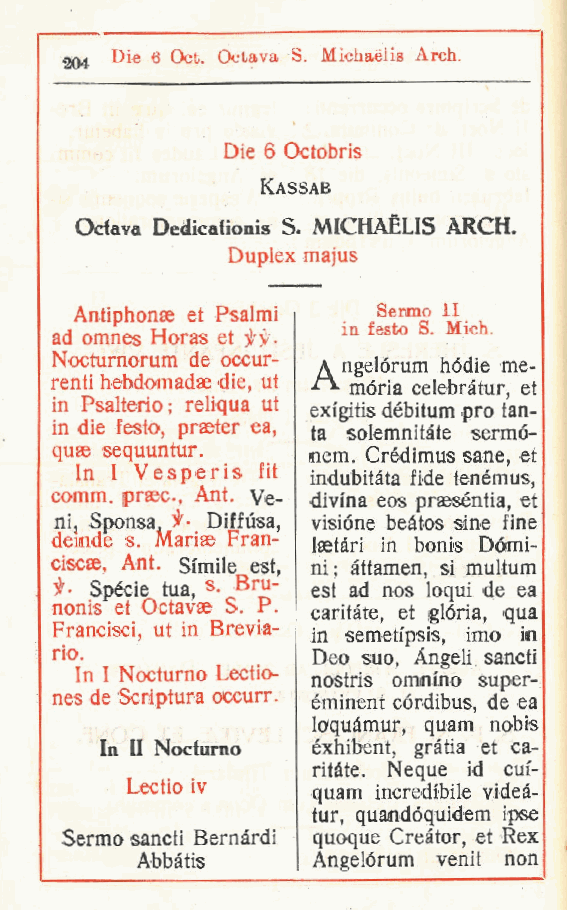
Die 6 Oct. Octava S. Mìchaélis Arch.
 204
 Die 6 Octobris
 Kassab
 Odava Dedicaiionis S. MICHAELIS ARCH.
 Duplex majus
 Antiphonse et Psalmi Senno li
 in festo S. Mich.
 ad omnes Horas et )H'.
 Nocturnorum de occur- A ngelórum hódie me-
 renti hebdomadae die, ut ** mória celebràtur, et
 in Psalterio; reiiqua ut exigitis débitum prò tan-
 in die festo, praeter ea, ta solemnitàte sermó-
 quae sequuntur.  nem. Crédimus sane, et
 In I Vesperis fit
 indubitata fide tenémus,
 comm. praec, Ant. Ve- divina eos praeséntia, et
 ni, Sponsa }.> Diffusa, visióne beàtos sine fine
 demde s. M, ariae Fran-
 laetàri in bonis Dòmi-
 ciscae, Ant. simile est ni; àttamen, si multum
 Specie tua s- Bru-, est ad nos loqui de ea
 nonis et Octav,ae S. P.
 caritàte, et glòria, qua
 Francisci, ut in Brevia-
 in semetipsis, imo in
 rio.              Deo suo. Angeli sancti
 In I Nocturno Lectio-
 nostris omnino super-
 nes de Scriptura occurr. éminent córdibus, de ea
 loquàmur, quam nobis
 In II Nocturno éxhibent, gràtia et ca-
 ritàte. Neque id cui-
 Lectio iv    quam incredibile videà-
 tur, quafidóquidem ipse
 Sermo sancii Bernardi quoque Creator, et Rex
 Abbàtis     Angelórum venit non
 f